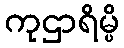
ကုဌာရိမ္ပိ